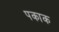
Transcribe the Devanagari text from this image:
पकाक